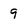
Character: 9